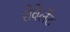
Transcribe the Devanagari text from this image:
शेवेर्लेट